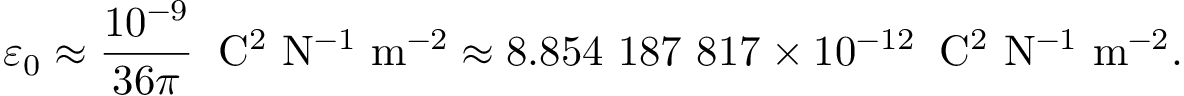
\varepsilon _ { 0 } \approx { \frac { 1 0 ^ { - 9 } } { 3 6 \pi } } \; \; \mathrm { C ^ { 2 } \ N ^ { - 1 } \ m ^ { - 2 } } \approx 8 . 8 5 4 \ 1 8 7 \ 8 1 7 \times 1 0 ^ { - 1 2 } \; \; \mathrm { C ^ { 2 } \ N ^ { - 1 } \ m ^ { - 2 } } .